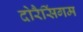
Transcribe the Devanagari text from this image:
दोरैसिंगम